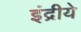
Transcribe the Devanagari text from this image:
इंद्रीये